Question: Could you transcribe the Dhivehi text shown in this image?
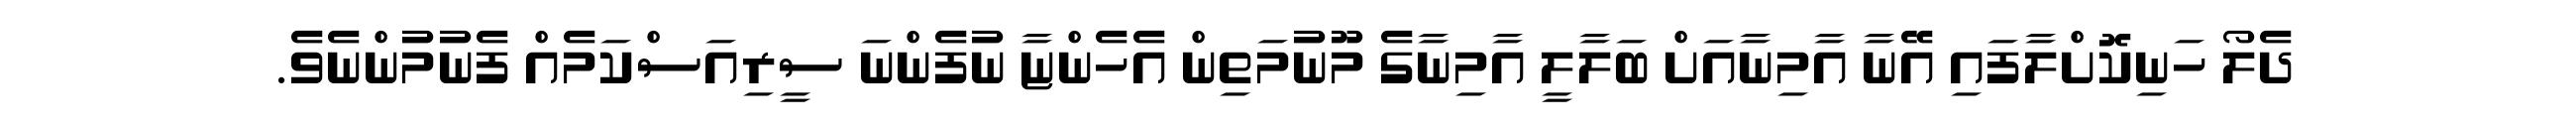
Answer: ދެލޯ ހަނިކޮށްލާފައި އޭނާ އާމިނާއަށް ބަލާލީ އާމިނާގެ މޫނުމަތިން އެހެންޏާ ނުފެންނަ ސީރިއަސްކަމެއް ފެނުމުންނެވެ.